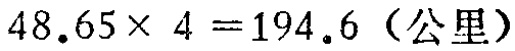
\(48.65\times 4 = 194.6 \text{（公里）}\)